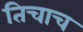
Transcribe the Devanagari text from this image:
तिचाच